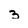
Character: 3